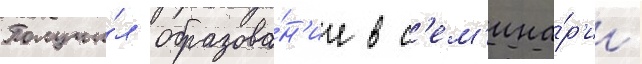
Получи́л образова́н'ие в с'ем'ина́р'ии